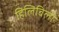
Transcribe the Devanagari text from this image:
हिलिबिली